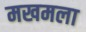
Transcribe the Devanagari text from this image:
मखमला